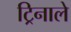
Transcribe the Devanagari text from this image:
ट्रिनाले